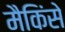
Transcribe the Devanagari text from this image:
मैकिंसे